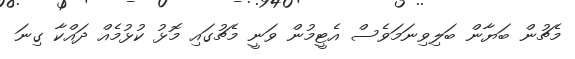
މެޗުން ބަޔާން ބަލިވިނަމަވެސް އެޓީމުން ވަނީ މެޗުގައި މޮޅު ކުޅުމެއް ދައްކާ ގިނަ